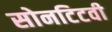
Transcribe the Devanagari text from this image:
सोनटिटवी